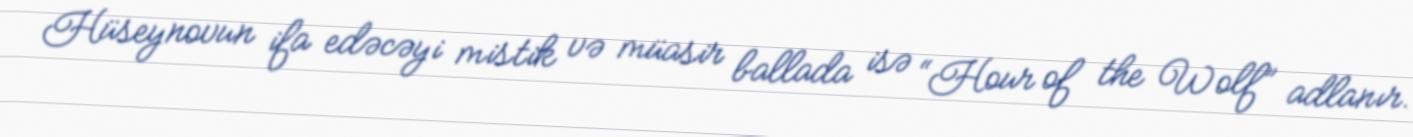
Hüseynovun ifa edəcəyi mistik və müasir ballada isə “Hour of the Wolf” adlanır.